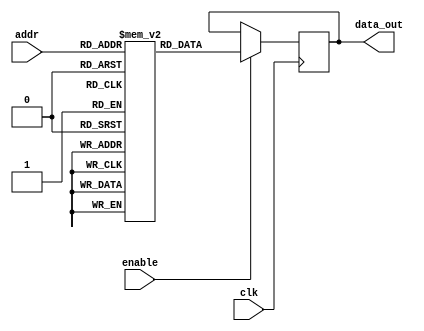
module param_rom #(
    parameter DATA_WIDTH = 8,   // Number of bits in each data word
    parameter ADDR_WIDTH = 4     // Number of bits for addressing
)(
    input  wire [ADDR_WIDTH-1:0] addr,     // Address input
    input  wire clk,                       // Clock input (for synchronous behavior)
    input  wire enable,                    // Enable signal to control ROM access
    output reg  [DATA_WIDTH-1:0] data_out  // Data output
);

    // Memory initialization with predefined values
    reg [DATA_WIDTH-1:0] memory [(2**ADDR_WIDTH)-1:0]; // 2D array for ROM

    // Initialize the ROM with some values
    initial begin
        // Example initialization values, can be replaced with actual values
        memory[0]  = 8'h00;
        memory[1]  = 8'h01;
        memory[2]  = 8'h02;
        memory[3]  = 8'h03;
        memory[4]  = 8'h04;
        memory[5]  = 8'h05;
        memory[6]  = 8'h06;
        memory[7]  = 8'h07;
        // Add more initialization as needed
    end

    // Synchronous read operation
    always @(posedge clk) begin
        if (enable) begin
            data_out <= memory[addr]; // Read data from memory at the given address
        end
    end

endmodule